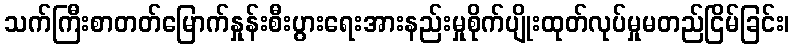
သက်ကြီးစာတတ်မြောက်နှုန်းစီးပွားရေးအားနည်းမှုစိုက်ပျိုးထုတ်လုပ်မှုမတည်ငြိမ်ခြင်း၊